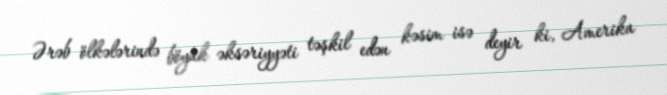
Ərəb ölkələrində böyük əksəriyyəti təşkil edən kəsim isə deyir ki, Amerika